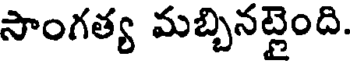
సాంగత్య మబ్బినట్లైంది.